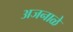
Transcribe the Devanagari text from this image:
अजनाळे